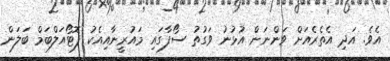
އެވެ. އަދި އެތެރެއަށް ވަންނަން އުޅުނު ވަގުތު ސޯފާގައި މައުރީނާއިއެކު ފޮޓޯއަލްބަމް ބަލަން